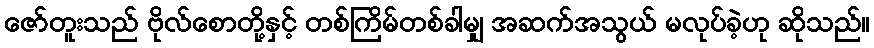
ဇော်တူးသည် ဗိုလ်စောတို့နှင့် တစ်ကြိမ်တစ်ခါမျှ အဆက်အသွယ် မလုပ်ခဲ့ဟု ဆိုသည်။